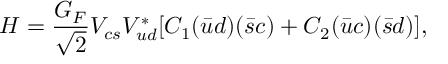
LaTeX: H = \frac { G _ { F } } { \sqrt { 2 } } V _ { c s } V _ { u d } ^ { * } [ C _ { 1 } ( \bar { u } d ) ( \bar { s } c ) + C _ { 2 } ( \bar { u } c ) ( \bar { s } d ) ] ,